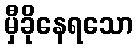
မှီခိုနေရသော